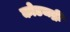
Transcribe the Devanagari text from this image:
कोडचद्री